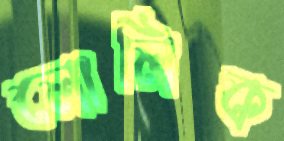
লোলিক